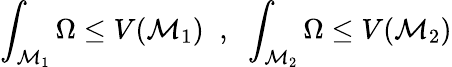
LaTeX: \int_{\mathcal{M}_{1}}\Omega\le V(\mathcal{M}_{1})\; \; ,\; \; \int_{\mathcal{M}_{2}}\Omega\le V(\mathcal{M}_{2})